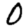
Digit: 0